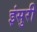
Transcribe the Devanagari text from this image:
इंसुरी